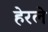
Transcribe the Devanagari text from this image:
हेरलेे